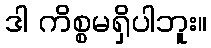
ဒါ ကိစ္စမရှိပါဘူး။